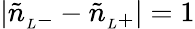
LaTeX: |\tilde{n}_{{}_{L}-}-\tilde{n}_{{}_{L}+}|=1